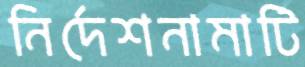
নির্দেশনামাটি